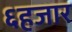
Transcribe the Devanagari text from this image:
६हजार